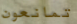
تمانعون